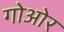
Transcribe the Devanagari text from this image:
गोओर